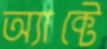
অ্যাক্টে